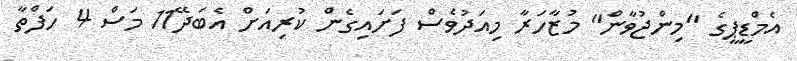
އެމްޑީޕީގެ "މިންޖުވާން" މުޒާހަރާ މިއަދުވެސް ފަށައިގެން ކުރިއަށް އެބަދޭ11 މަސް 4 ހަފްތާ